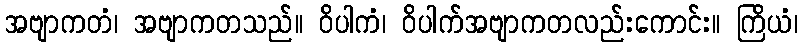
အဗျာကတံ၊ အဗျာကတသည်။ ဝိပါကံ၊ ဝိပါက်အဗျာကတလည်းကောင်း။ ကြိယံ၊